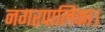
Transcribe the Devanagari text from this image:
नगरपालिका।